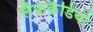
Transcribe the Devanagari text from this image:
लैफ़कैडियो